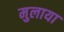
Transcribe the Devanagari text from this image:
मुलाया